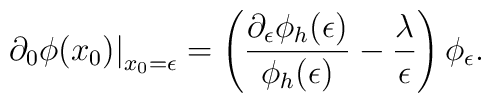
\left.\partial_0\phi(x_0)\right|_{x_0=\epsilon} =       \left({\partial_\epsilon \phi_h(\epsilon) \over \phi_h(\epsilon) }      - {\lambda\over\epsilon}\right) \phi_\epsilon.